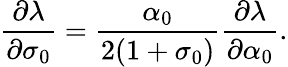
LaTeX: \frac{\partial\lambda}{\partial\sigma_{0}}=\frac{\alpha_{0}}{2(1+\sigma_{0})}\frac{\partial\lambda}{\partial\alpha_{0}}.